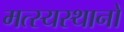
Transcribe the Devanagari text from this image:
मत्स्यस्थानों